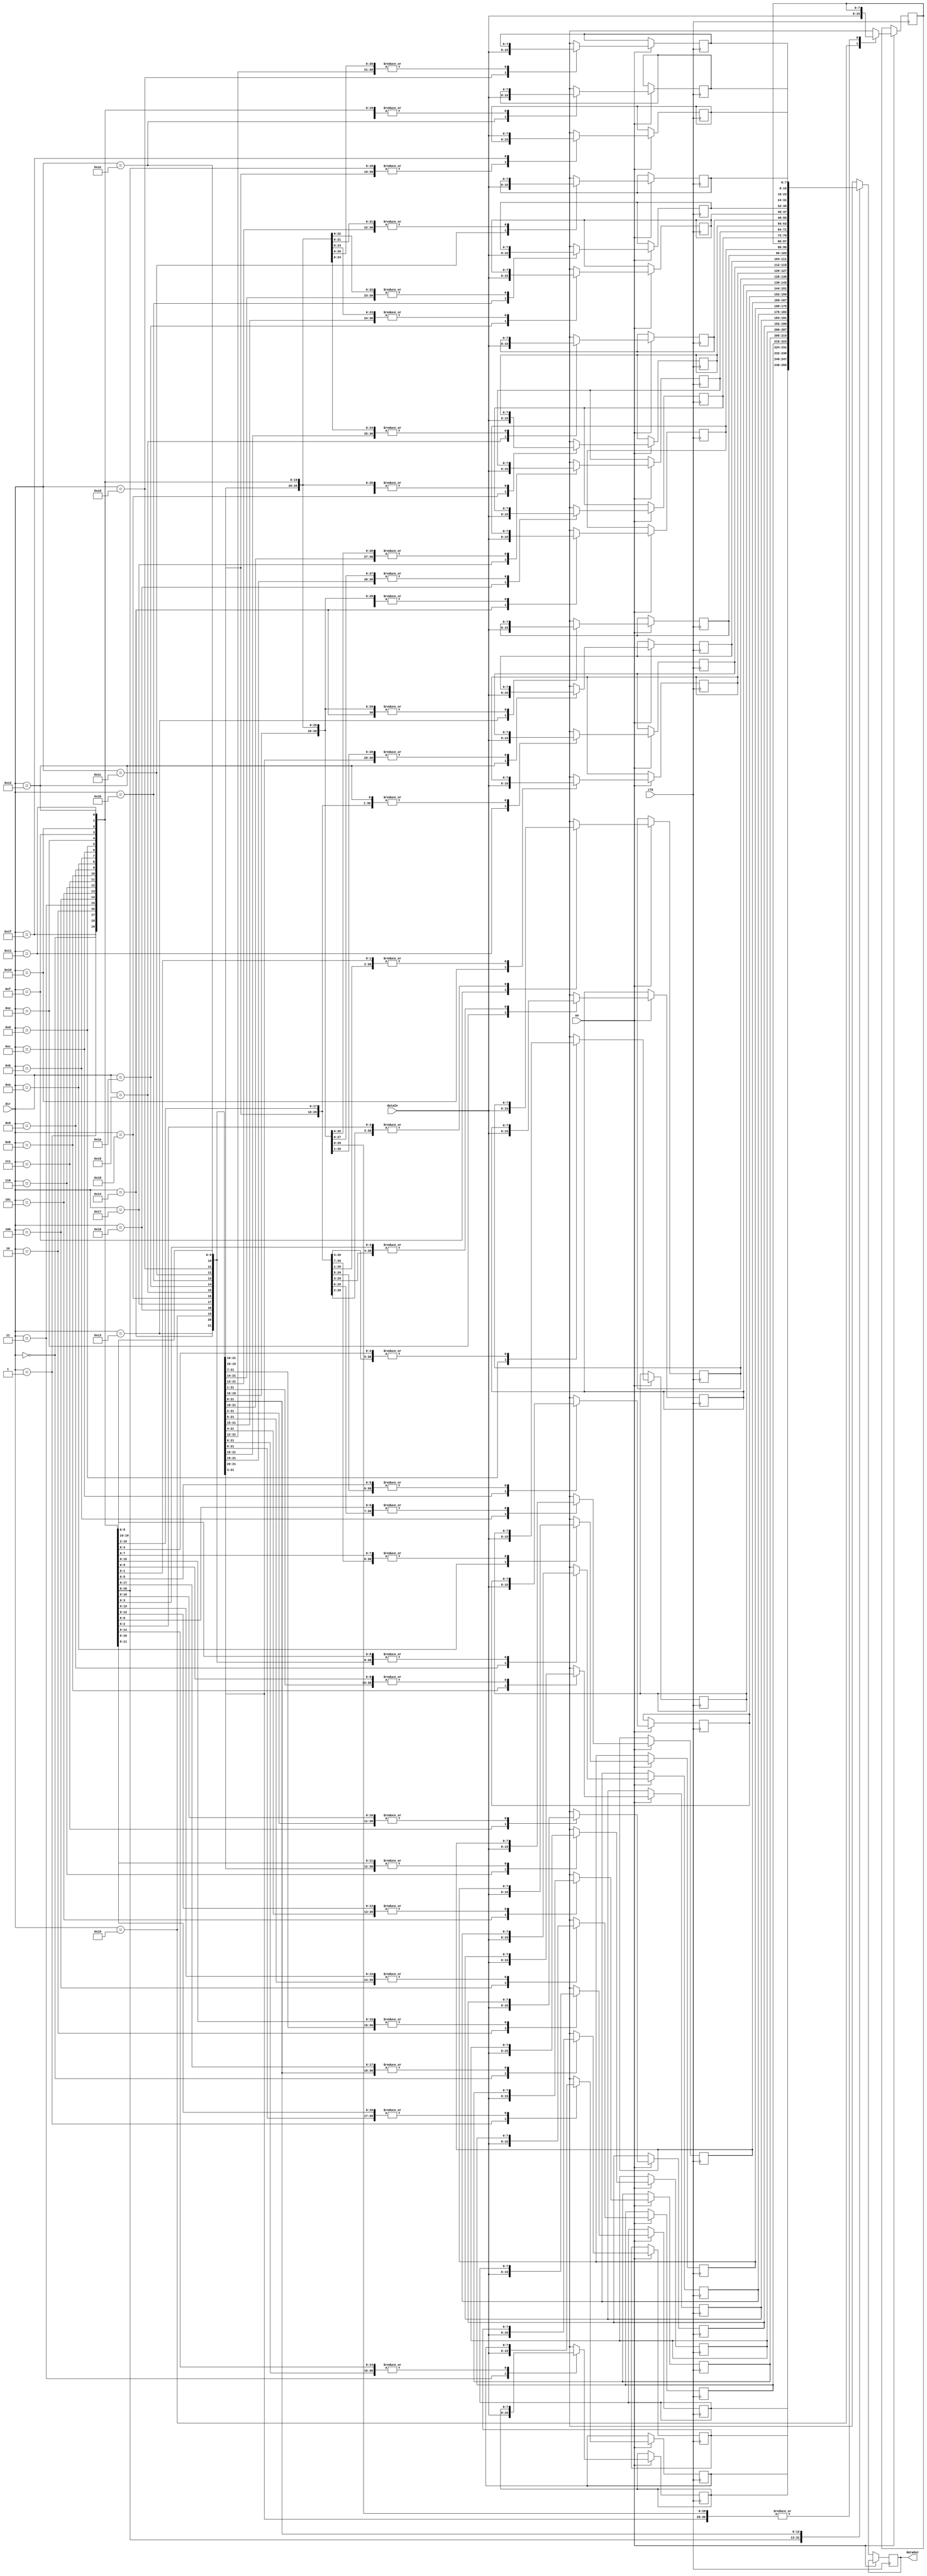
module memoriaSin(
	input 
		en,
		clk,
	input [4:0]dir,
	input [7:0]dataIn,
	output reg [7:0]dataOut
);
reg [7:0] data [0:31];
always @(posedge clk)
begin
	if(en)	//enable en 1 = write
	begin
		data[dir] = dataIn;
	end
	else	//enable en 0 = read
	begin
		dataOut = data[dir];
	end
end
endmodule